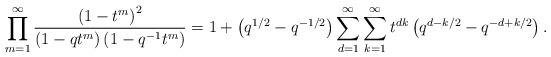
LaTeX: \begin{align*} \prod_{m=1}^{\infty} \frac{\left( 1 -t^m \right)^2}{\left(1 - qt^m \right)\left(1 - q^{-1}t^m \right)} = 1 + \left(q^{1/2} - q^{-1/2}\right) \sum_{d=1}^{\infty}\sum_{k=1}^{\infty} t^{d k} \left( q^{d-k/2} - q^{-d+k/2} \right). \end{align*}